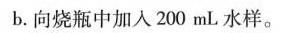
b. 向烧瓶中加入200mL水样。